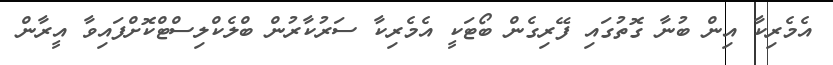
އެމެރިކާ އިން ބުނާ ގޮތުގައި ފޭރިގެން ބޯޓަކީ އެމެރިކާ ސަރުކާރުން ބްލެކްލިސްޓްކޮށްފައިވާ އީރާން